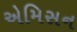
એમિસન